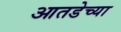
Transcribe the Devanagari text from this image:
आतडेच्या